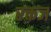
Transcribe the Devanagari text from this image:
रक्तज